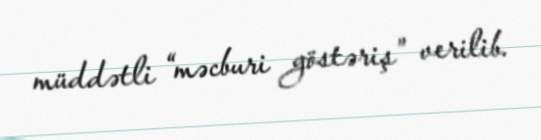
müddətli “məcburi göstəriş” verilib.